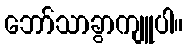
ဘော်သာခွာကျူပါ။